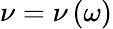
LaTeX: \nu=\nu\left(\omega\right)